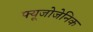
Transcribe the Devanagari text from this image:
फ्यूजोजेनिक